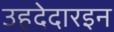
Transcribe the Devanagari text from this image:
उहदेदारइन